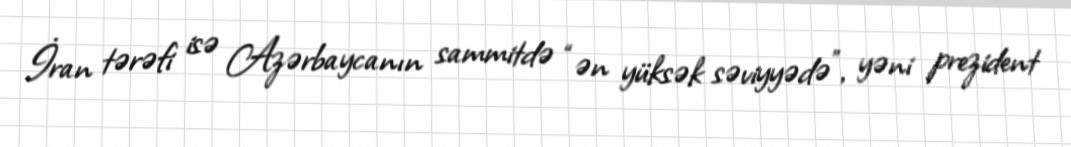
İran tərəfi isə Azərbaycanın sammitdə “ən yüksək səviyyədə”, yəni prezident